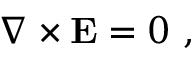
\nabla \times \mathbf { E } = { \boldsymbol { 0 } } \ ,